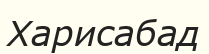
Харисабад